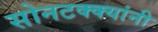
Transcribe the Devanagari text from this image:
सोनटक्क्यांनी